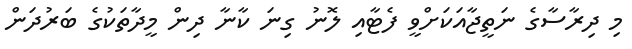
މި ދިރާސާގެ ނަތީޖާއަކަށްވީ ފެޓާއި ލޮނު ގިނަ ކާނާ ދިން މީދާތަކުގެ ބަރުދަން